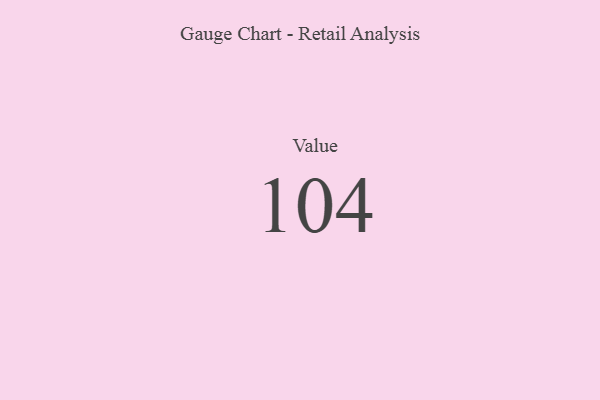
{"axis": {"x": "Metric", "y": "Value"}, "legend": [""], "data": [{"x": "Value", "y": 104, "type": ""}]}